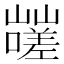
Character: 𰎿